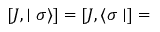
\left[ J , \mid \sigma \rangle \right] = \left[ J , \langle \sigma \mid \right] =